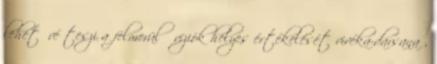
lehetővé teszi a felmerülő víziók helyes értékelését vivéka-darsana ,